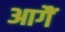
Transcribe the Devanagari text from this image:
आगैं